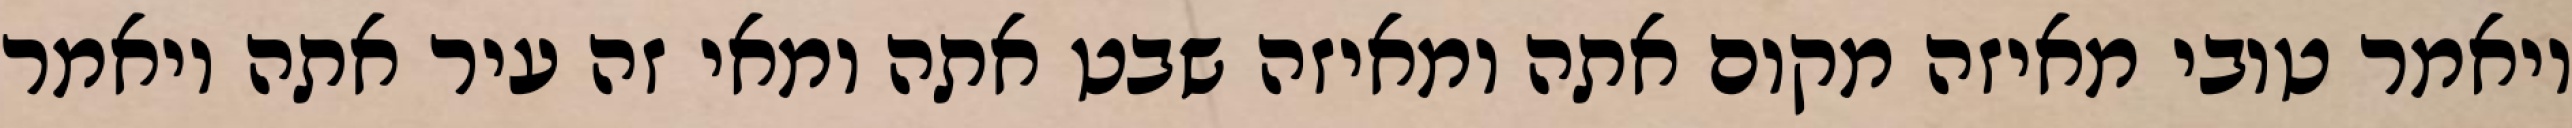
ויאמר טובי מאיזה מקום אתה ומאיזה שבט אתה ומאי זה עיר אתה ויאמר